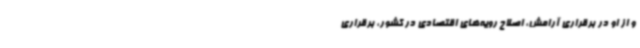
و از او در برقراری آرامش، اصلاح رویه‌های اقتصادی در کشور، برقراری